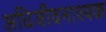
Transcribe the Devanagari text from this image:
अधिजीवनाश्यक